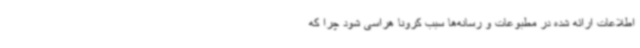
اطلاعات ارائه شده در مطبوعات و رسانه‌ها سبب کرونا هراسی شود چرا که